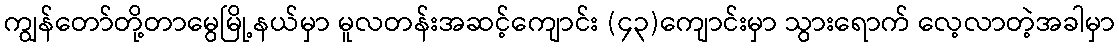
ကျွန်တော်တို့တာမွေမြို့နယ်မှာ မူလတန်းအဆင့်ကျောင်း (၄၃)ကျောင်းမှာ သွားရောက် လေ့လာတဲ့အခါမှာ